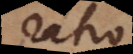
ratio